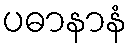
ပဓာနာနံ